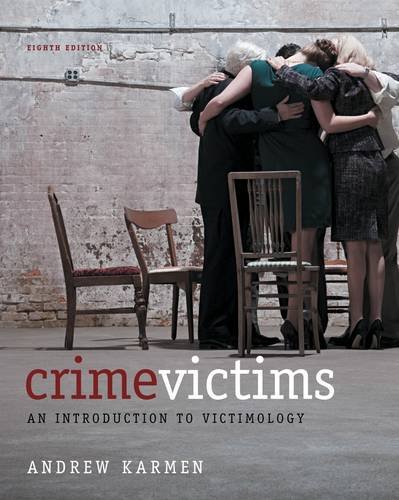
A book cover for Crime Victims: An Introduction to Victimology; Andrew Karmen; Law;